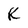
Character: K